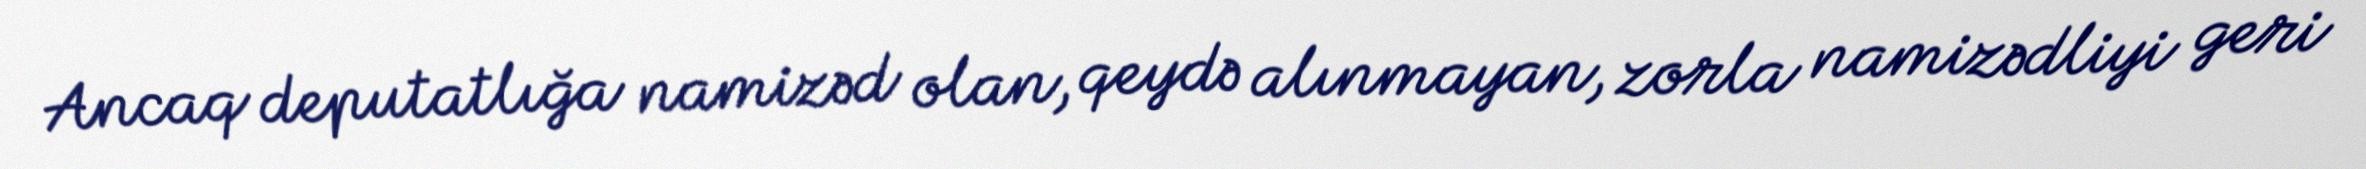
Ancaq deputatlığa namizəd olan, qeydə alınmayan, zorla namizədliyi geri